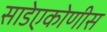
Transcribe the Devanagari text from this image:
साडेएकोणीस